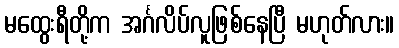
မထွေးရီတို့က အင်္ဂလိပ်လူဖြစ်နေပြီ မဟုတ်လား။